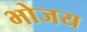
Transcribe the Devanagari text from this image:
भोजय